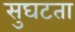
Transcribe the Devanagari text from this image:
सुघटता